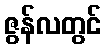
ဇွန်လတွင်